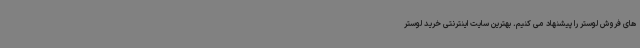
های فروش لوستر را پیشنهاد می کنیم. بهترین سایت اینترنتی خرید لوستر